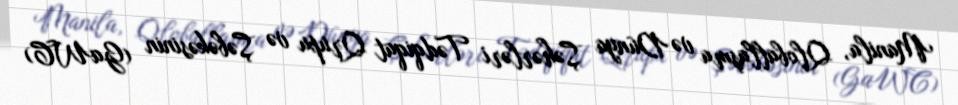
Manila, Qloballaşma və Dünya Şəhərləri Tədqiqat Qrupu və Şəbəkəsinin (GaWC)